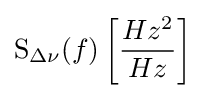
\operatorname {S} _{\Delta \nu }(f)\left[{\frac {Hz^{2}}{Hz}}\right]